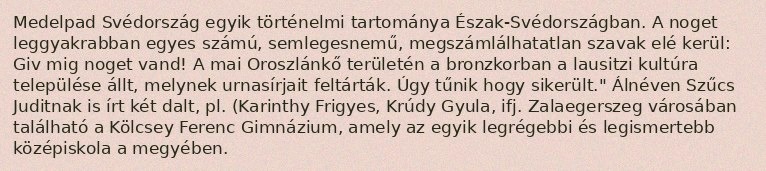
Medelpad Svédország egyik történelmi tartománya Észak-Svédországban. A noget leggyakrabban egyes számú, semlegesnemű, megszámlálhatatlan szavak elé kerül: Giv mig noget vand! A mai Oroszlánkő területén a bronzkorban a lausitzi kultúra települése állt, melynek urnasírjait feltárták. Úgy tűnik hogy sikerült." Álnéven Szűcs Juditnak is írt két dalt, pl. (Karinthy Frigyes, Krúdy Gyula, ifj. Zalaegerszeg városában található a Kölcsey Ferenc Gimnázium, amely az egyik legrégebbi és legismertebb középiskola a megyében.